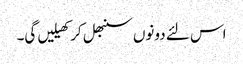
اس لئے دونوں سنبھل کر کھیلیں گی۔